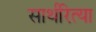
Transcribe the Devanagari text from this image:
सार्थरित्या